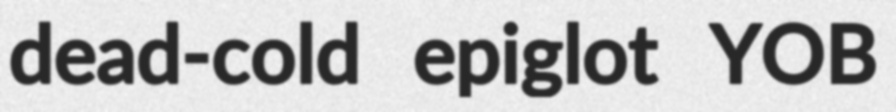
dead-cold epiglot YOB